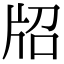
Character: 牊